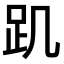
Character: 𧾾